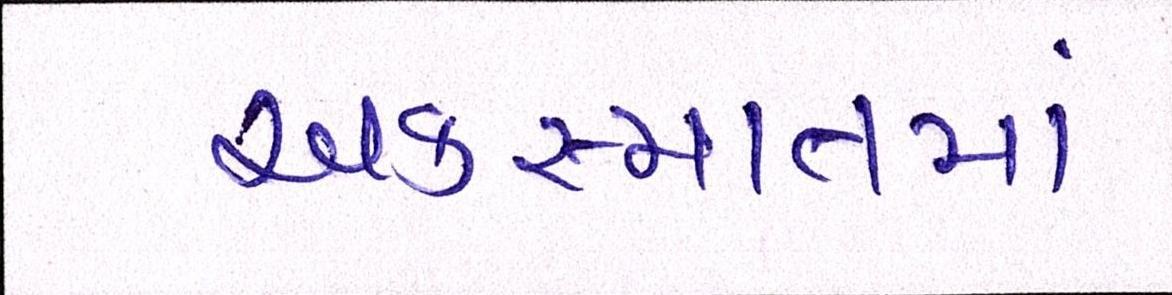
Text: અકસ્માતમાં